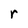
Character: r